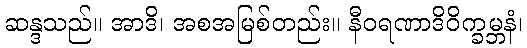
ဆန္ဒသည်။ အာဒိ၊ အစအမြစ်တည်း။ နီဝရဏာဒိဝိက္ခမ္ဘနံ၊